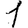
Digit: 1